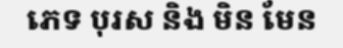
ភេទ បុរស និង មិន មែន